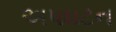
અપઘટન